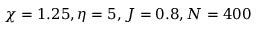
\chi = 1 . 2 5 , \eta = 5 , J = 0 . 8 , N = 4 0 0